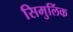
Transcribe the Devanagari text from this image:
सिमुलिंक